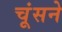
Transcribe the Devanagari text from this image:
चूंसने